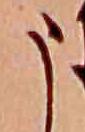
う